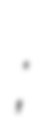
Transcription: بنونة;